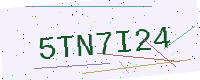
Text: 5TN7I24